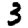
Digit: 3